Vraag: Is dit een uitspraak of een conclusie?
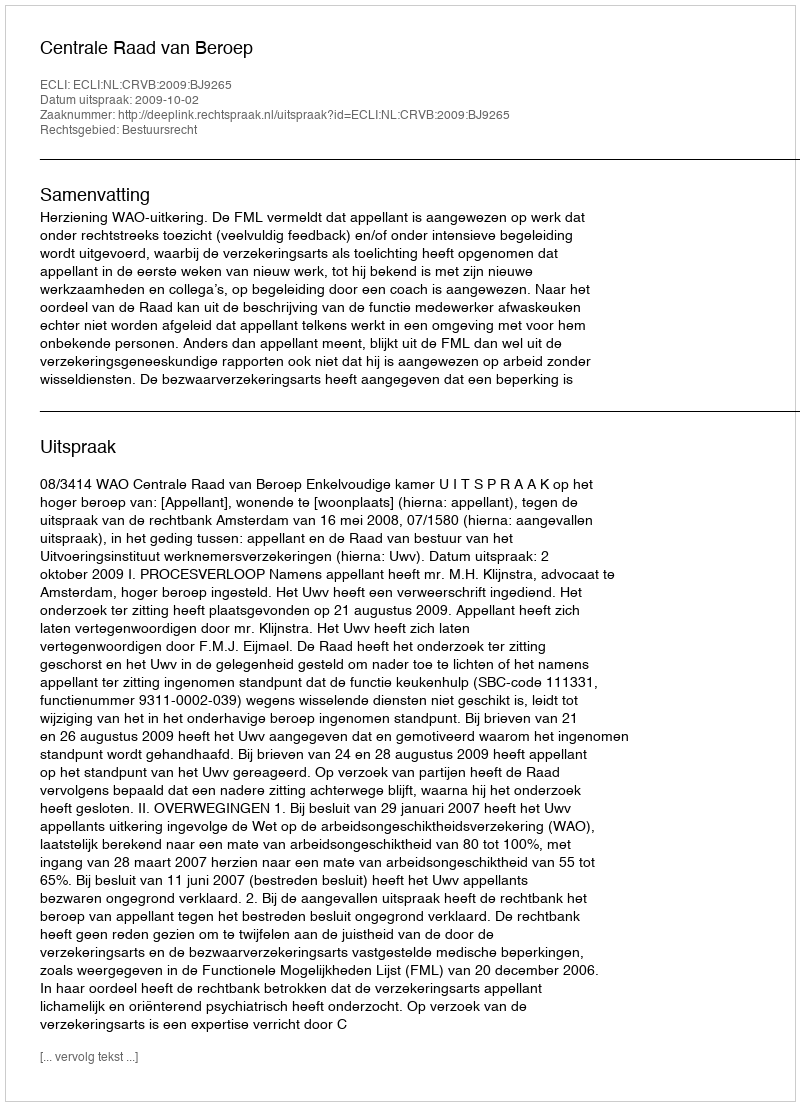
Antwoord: Uitspraak